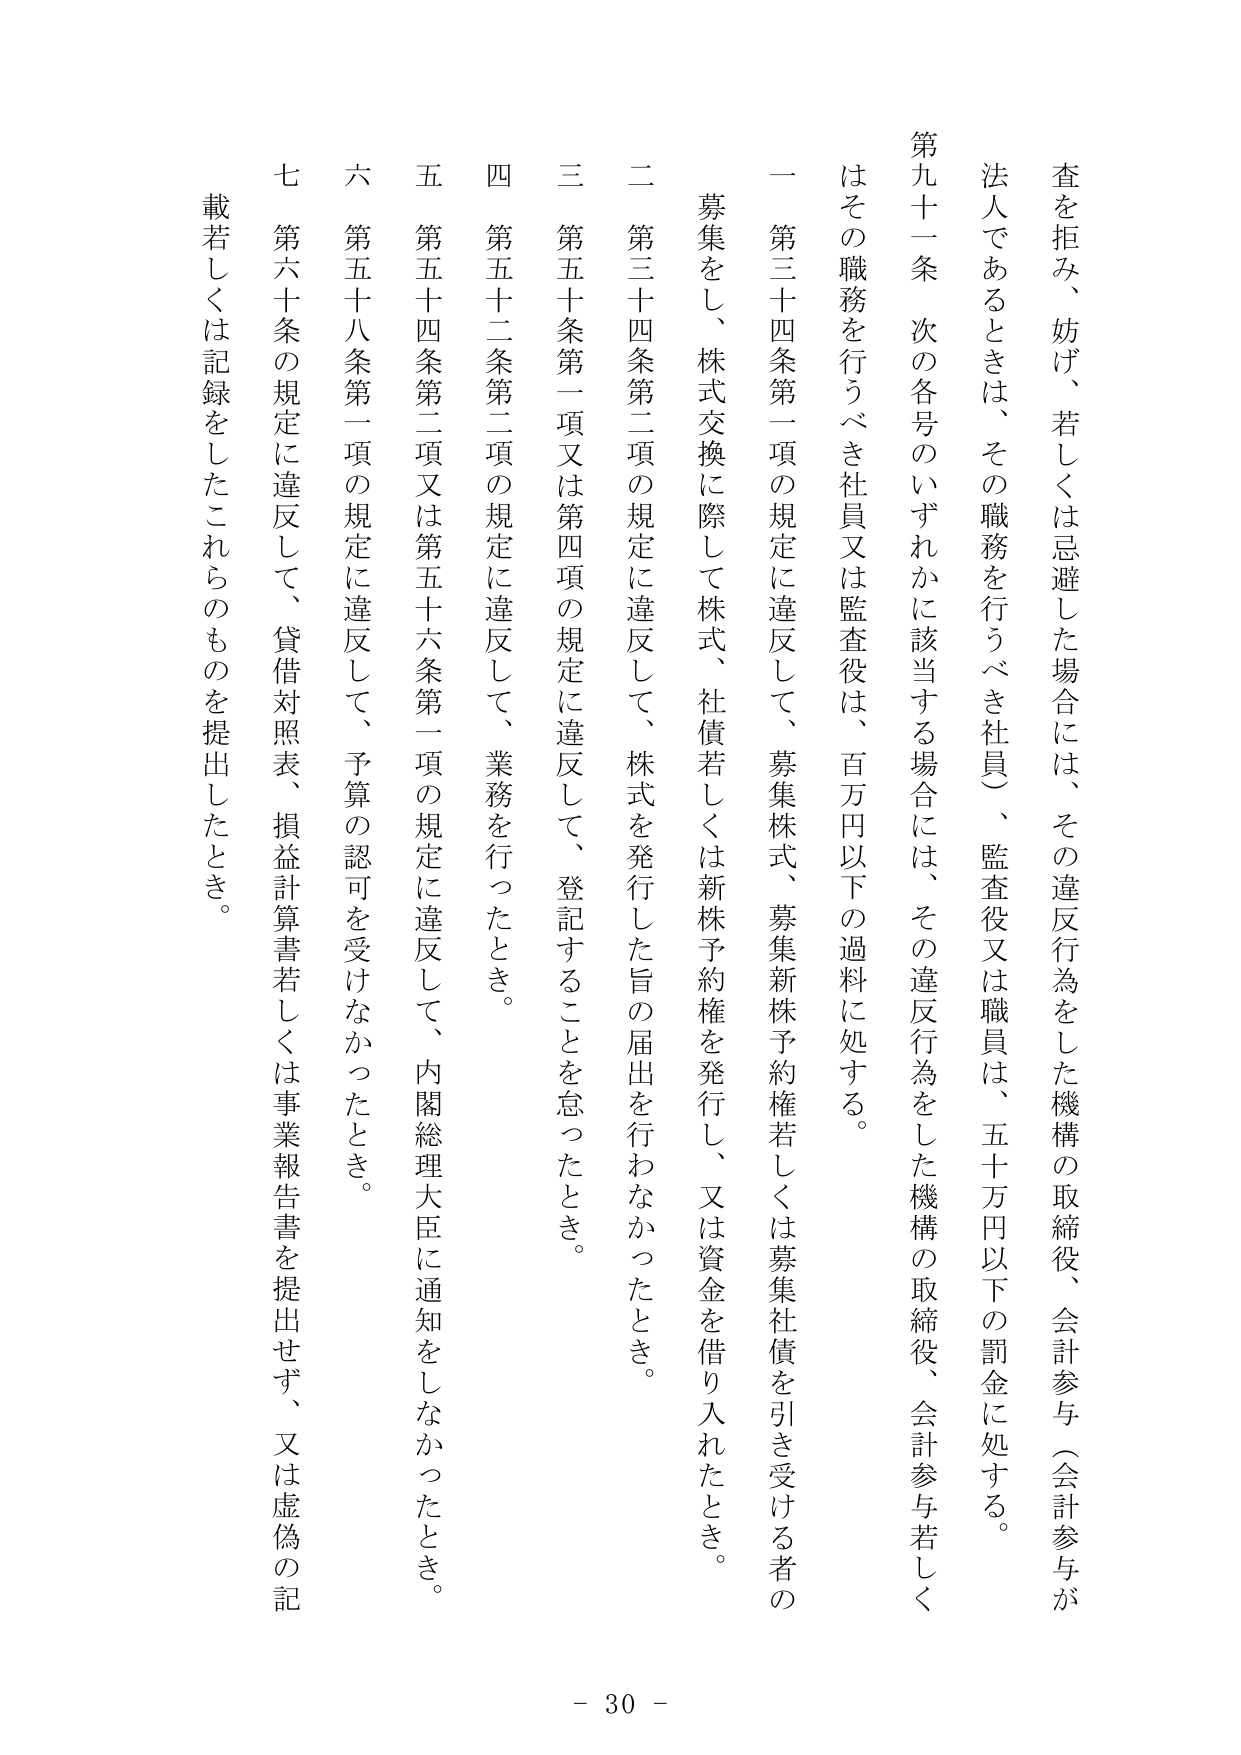
査を拒み、妨げ、若しくは忌避した場合には、その違反行為をした機構の取締役、会計参与（会計参与が法人であるときは、その職務を行うべき社員）、監査役又は職員は、五十万円以下の罰金に処する。

第九十一条 次の各号のいずれかに該当する場合には、その違反行為をした機構の取締役、会計参与若しくはその職務を行うべき社員又は監査役は、百万円以下の過料に処する。

一 第三十四条第一項の規定に違反して、募集株式、募集新株予約権若しくは募集社債を引き受ける者の募集をし、株式交換に際して株式、社債若しくは新株予約権を発行し、又は資金を借り入れたとき。

二 第三十四条第二項の規定に違反して、株式を発行した旨の届出を行わなかったとき。

三 第五十条第一項又は第四項の規定に違反して、登記することを怠ったとき。

四 第五十二条第二項の規定に違反して、業務を行ったとき。

五 第五十四条第二項又は第五十六条第一項の規定に違反して、内閣総理大臣に通知をしなかったとき。

六 第五十八条第一項の規定に違反して、予算の認可を受けなかったとき。

七 第六十条の規定に違反して、貸借対照表、損益計算書若しくは事業報告書を提出せず、又は虚偽の記載若しくは記録をしたこれらのものを提出したとき。

- 30 -